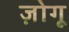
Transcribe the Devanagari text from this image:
ज़ोगू